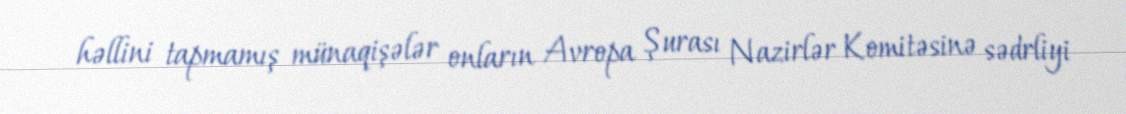
həllini tapmamış münaqişələr onların Avropa Şurası Nazirlər Komitəsinə sədrliyi